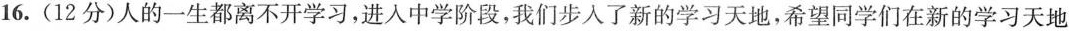
16.(12分)人的一生都离不开学习，进人中学阶段，我们步入了新的学习天地，希望同学们在新的学习天地